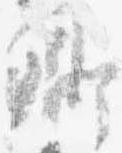
卿